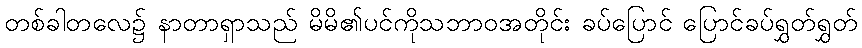
တစ်ခါတလေ၌ နာတာရှာသည် မိမိ၏ပင်ကိုသဘာဝအတိုင်း ခပ်ပြောင် ပြောင်ခပ်ရွှတ်ရွှတ်